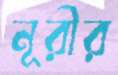
নূরীর